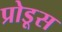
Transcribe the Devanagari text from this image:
प्रोडूस